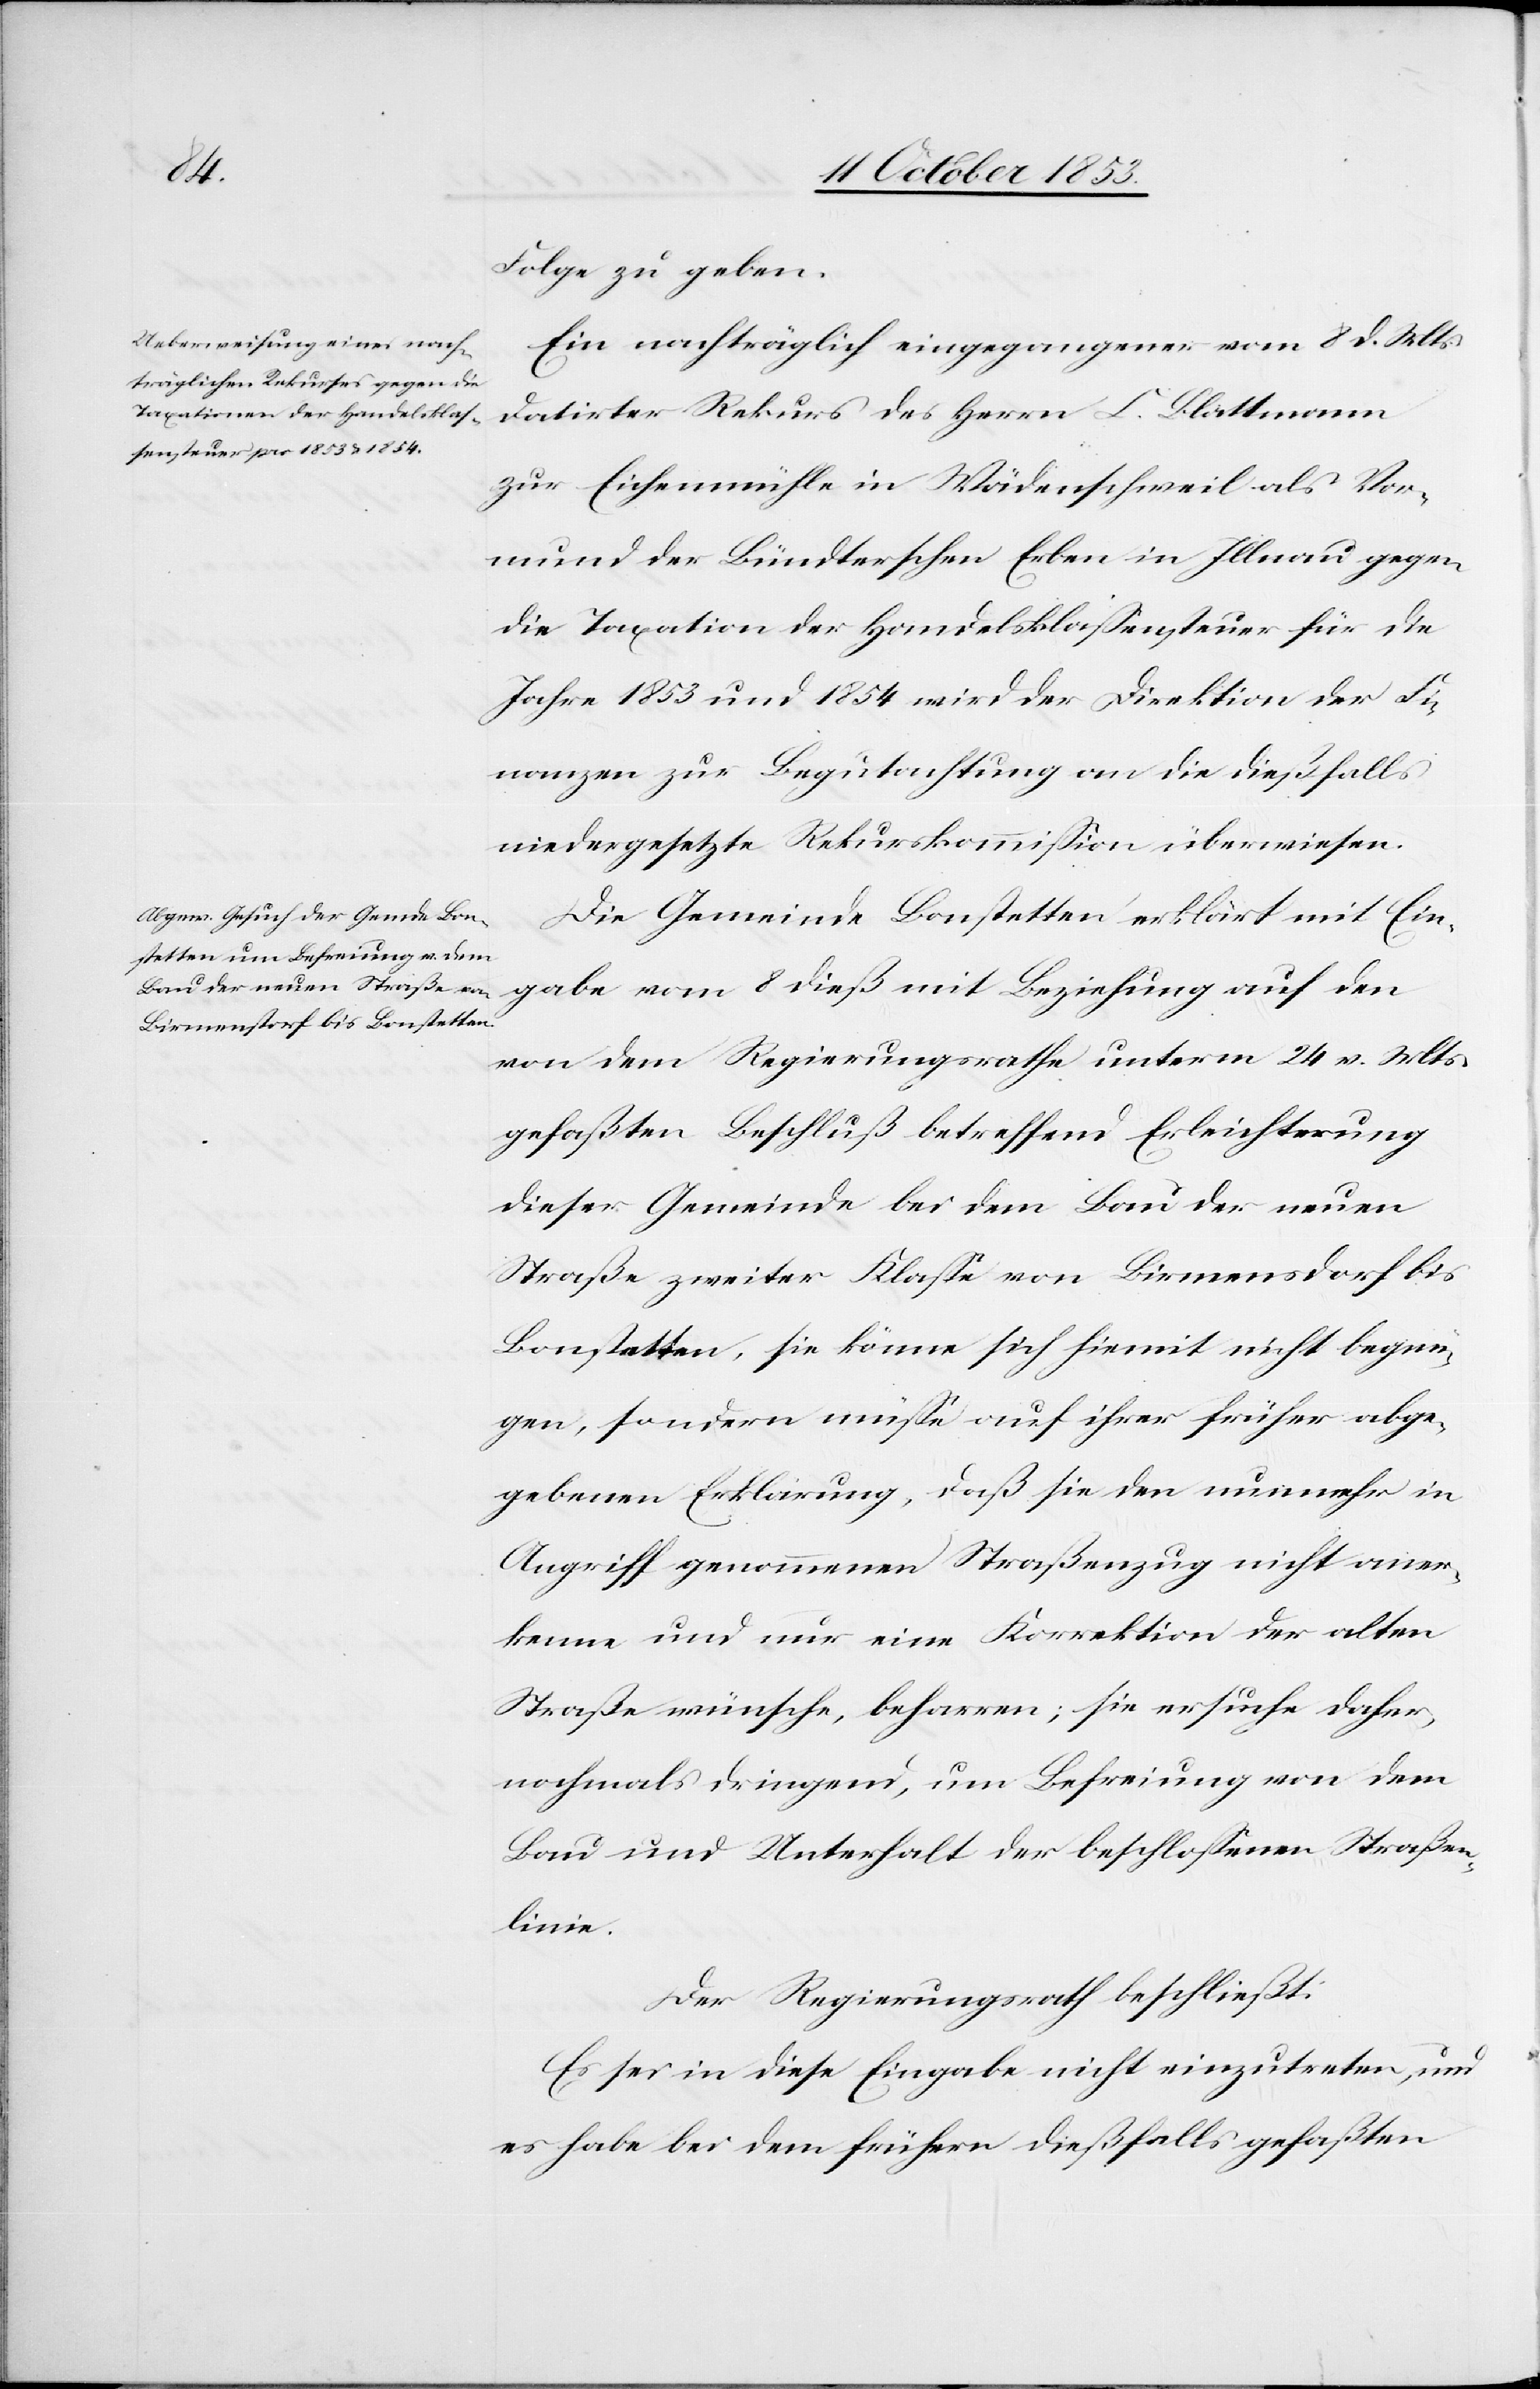
Folge zu geben.
Ein nachträglich eingegangener vom 8 d. Mts.
datirter Rekurs des Herrn C. Blattmann
zur Eichenmühle in Wädenschweil als Vor¬
mund der Bündterschen Erben in Illnau gegen
die Taxationen der Handelsklaßensteuer für die
Jahre 1853 und 1854 wird der Direktion der Fi¬
nanzen zur Begutachtung an die dießfalls
niedergesetzte Rekurskommißion überwiesen.
Die Gemeinde Bonstetten erklärt mit Ein¬
gabe vom 8 dieß mit Beziehung auf den
von dem Regierungsrathe unterm 24 v. Mts.
gefaßten Beschluß betreffend Erleichterung
dieser Gemeinde bei dem Bau der neuen
Straße zweiter Klaße von Birmenstorf bis
Bonstetten, sie könne sich hiemit nicht begnü¬
gen, sondern müße auf ihrer früher abge¬
gebenen Erklärung, daß sie den nunmehr in
Angriff genommenen Straßenzug nicht aner¬
kenne und nur eine Korrektion der alten
Straße wünsche, beharren; sie ersuche daher
nochmals dringend, um Befreiung von dem
Bau und Unterhalt der beschloßenen Straßen¬
linie.
Der Regierungsrath beschließt:
Es sei in diese Eingabe nicht einzutreten, und
es habe bei dem frühern dießfalls gefaßten